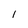
Character: l